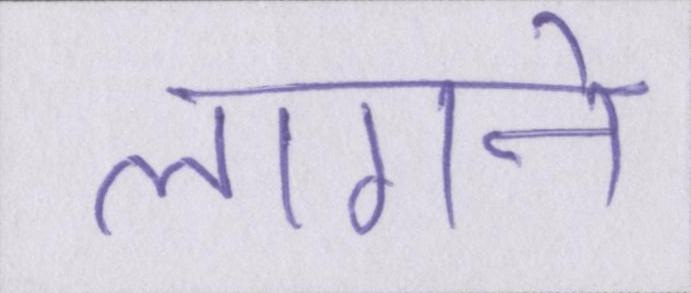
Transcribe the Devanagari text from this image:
लागने